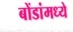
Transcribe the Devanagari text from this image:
बोंडांमध्ये